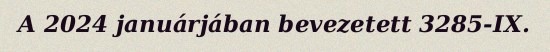
A 2024 januárjában bevezetett 3285-IX.